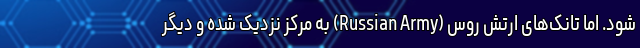
شود. اما تانک‌های ارتش روس (Russian Army) به مرکز نزدیک شده و دیگر